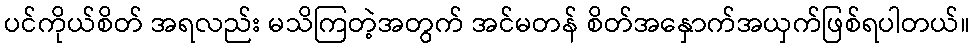
ပင်ကိုယ်စိတ် အရလည်း မသိကြတဲ့အတွက် အင်မတန် စိတ်အနှောက်အယှက်ဖြစ်ရပါတယ်။